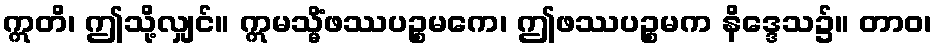
ဣတိ၊ ဤသို့လျှင်။ ဣမသ္မိံဖဿပဉ္စမကေ၊ ဤဖဿပဉ္စမက နိဒ္ဒေသ၌။ တာဝ၊